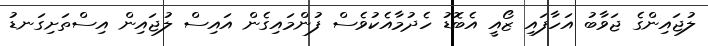
ލުޖައިންގެ ޖަވާބު އަހާފައި ޒޯއީ އެބޮޑު ހެދުމާއެކުވެސް ފުންމައިގެން އައިސް ލުޖައިން އިސްތަށިގަނޑު